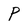
Character: P